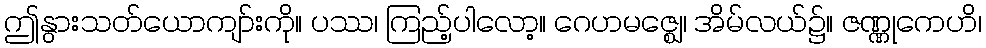
ဤနွားသတ်ယောကျာ်းကို။ ပဿ၊ ကြည့်ပါလော့။ ဂေဟမဇ္ဈေ၊ အိမ်လယ်၌။ ဇဏ္ဏုကေဟိ၊